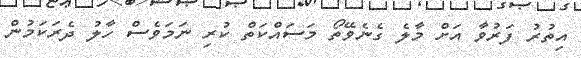
އިތުރު ފަރުވާ އަށް މާލެ ގެނެވޭތޯ މަސައްކަތް ކުރި ނަމަވެސް ހާލު ދެރަކަމުން